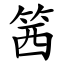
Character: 䇴